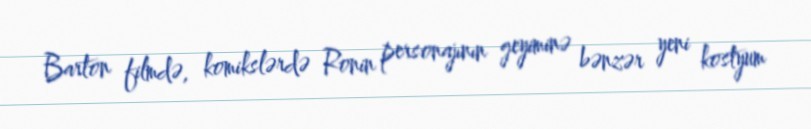
Barton filmdə, komikslərdə Ronin personajının geyiminə bənzər yeni kostyum